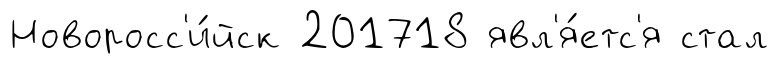
Новоросс'и́йск 201718 явл'я́етс'я стал